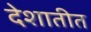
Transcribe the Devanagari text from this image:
देशातीत